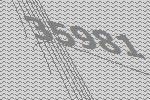
35981